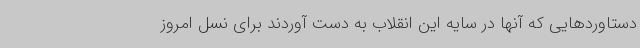
دستاوردهایی که آنها در سایه این انقلاب به دست آوردند برای نسل امروز